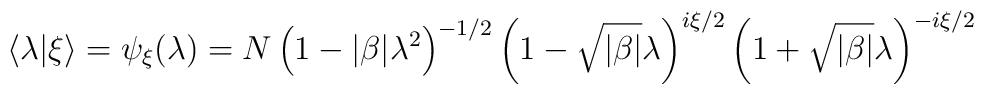
\langle \lambda \vert \xi\rangle =\psi_\xi(\lambda) = N \left(1-\vert \beta\vert \lambda^2\right)^{-1/2} \left(1- \sqrt{\vert \beta\vert} \lambda\right)^{i \xi/2} \left(1+\sqrt{\vert \beta\vert} \lambda\right)^{-i \xi/2}